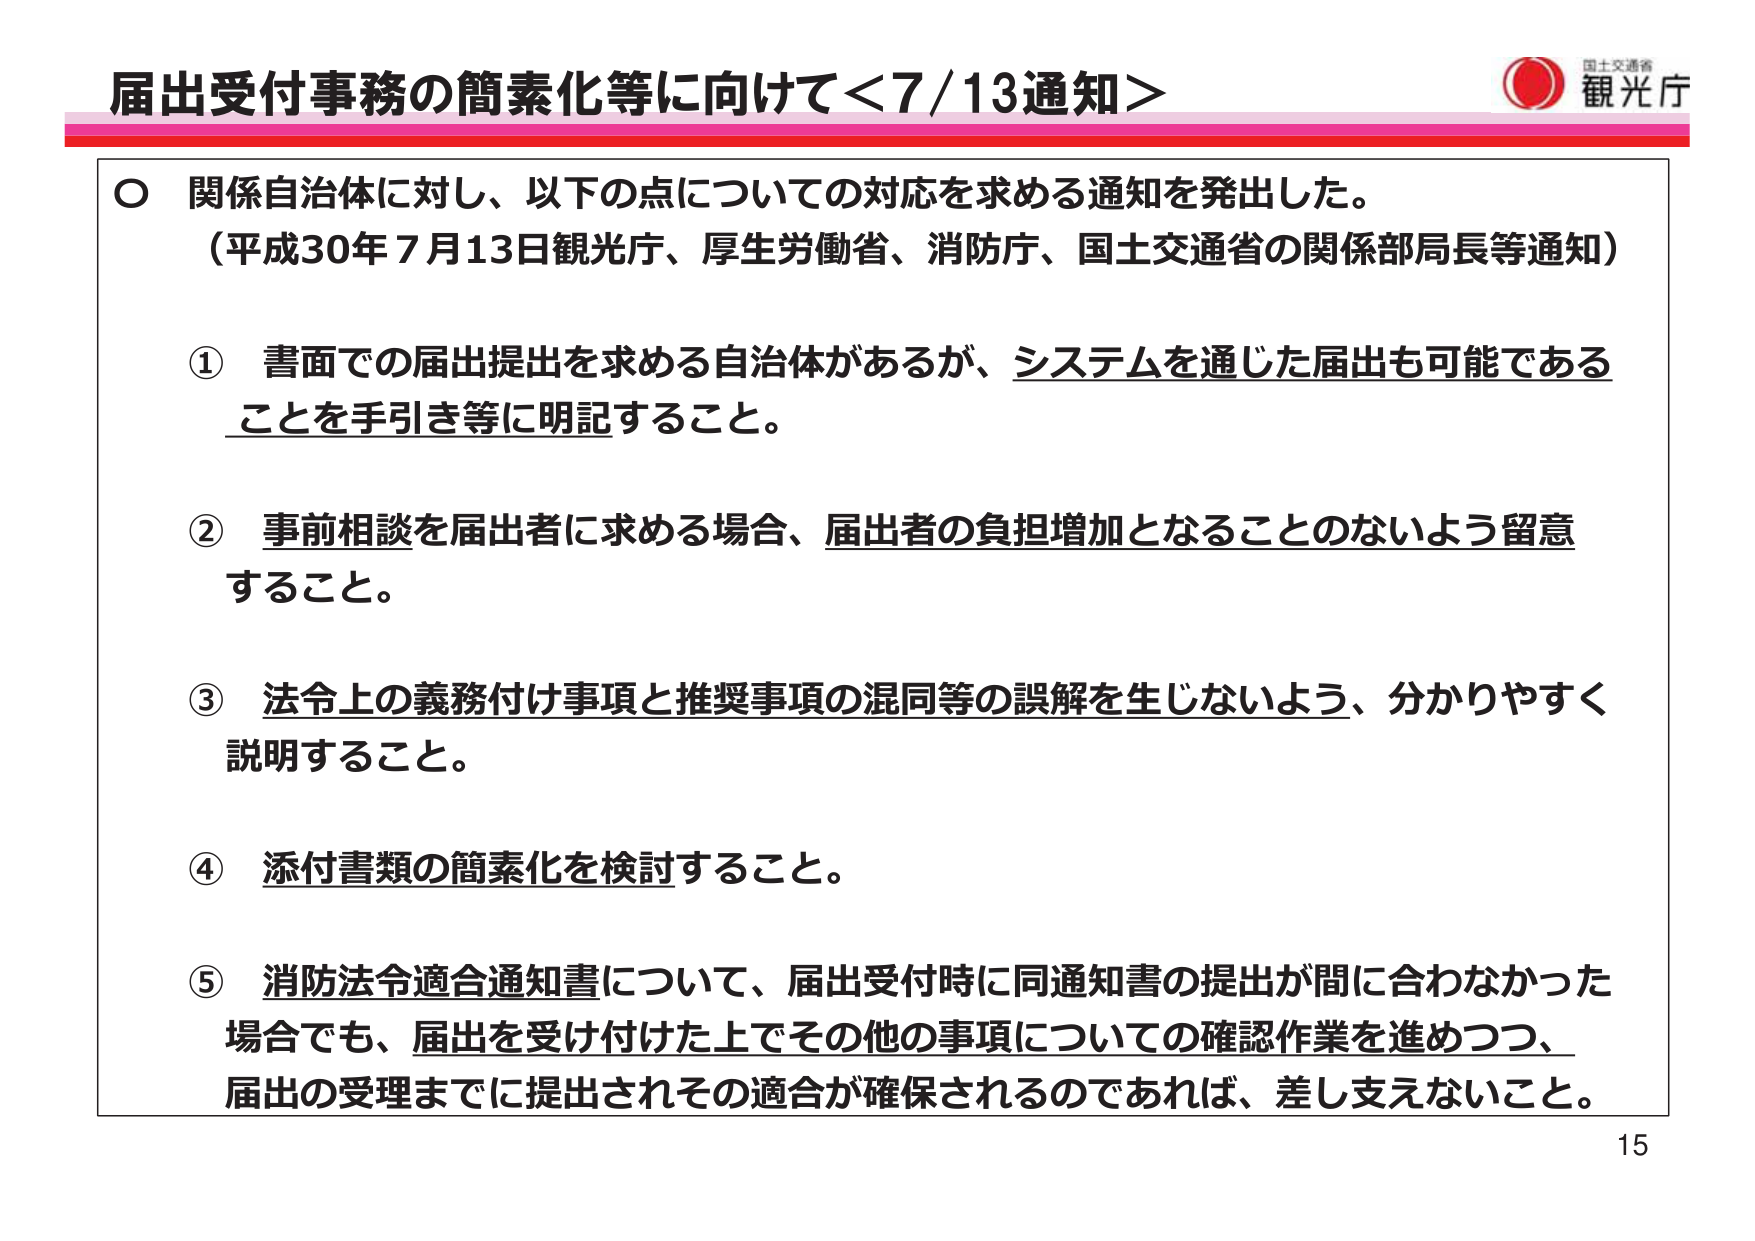
届出受付事務の簡素化等に向けて＜7/13通知＞

○ 関係自治体に対し、以下の点についての対応を求める通知を発出した。
（平成30年7月13日観光庁、厚生労働省、消防庁、国土交通省の関係部局長等通知）

① 書面での届出提出を求める自治体があるが、システムを通じた届出も可能であることを手引き等に明記すること。

② 事前相談を届出者に求める場合、届出者の負担増加となることのないよう留意すること。

③ 法令上の義務付け事項と推奨事項の混同等の誤解を生じないよう、分かりやすく説明すること。

④ 添付書類の簡素化を検討すること。

⑤ 消防法令適合通知書について、届出受付時に同通知書の提出が間に合わなかった場合でも、届出を受け付けた上でその他の事項についての確認作業を進めつつ、届出の受理までに提出されその適合が確保されるのであれば、差し支えないこと。

15

国土交通省
観光庁